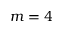
m = 4